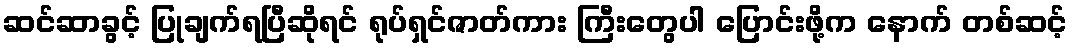
ဆင်ဆာခွင့် ပြုချက်ရပြီဆိုရင် ရုပ်ရှင်ဇာတ်ကား ကြီးတွေပါ ပြောင်းဖို့က နောက် တစ်ဆင့်